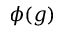
\phi ( g )